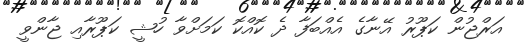
އަރްޖުން ކަޕޫރު އޭނާގެ އެއްބަފާ ދެ ކޮއްކޮ ކަމަށްވާ ހުޝީ ކަޕޫރާއި ޖާންވީ